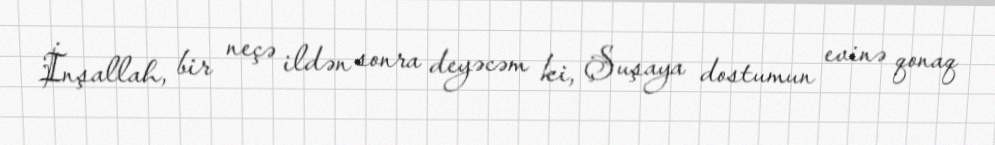
İnşallah, bir neçə ildən sonra deyəcəm ki, Şuşaya dostumun evinə qonaq